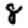
Digit: 8